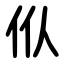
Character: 㐺